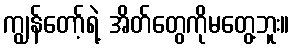
ကျွန်တော့်ရဲ့ အိတ်တွေကိုမတွေ့ဘူး။